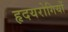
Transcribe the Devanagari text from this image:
हृदयरोगियों